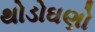
થોડોઘણો